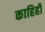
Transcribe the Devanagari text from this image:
काहिही